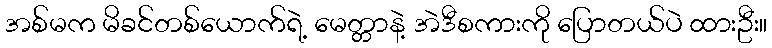
အစ်မက မိခင်တစ်ယောက်ရဲ့ မေတ္တာနဲ့ အဲဒီစကားကို ပြောတယ်ပဲ ထားဦး။